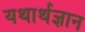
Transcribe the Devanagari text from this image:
यथार्थज्ञान